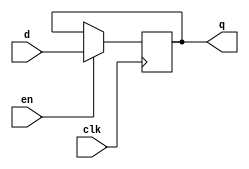
module components_dff_en #(
    parameter WIDTH = 1
) (
    input clk,
    input en,
    input [WIDTH-1:0] d,
    output [WIDTH-1:0] q
);
    reg [WIDTH-1:0] contents;
    always @ (posedge clk) begin
        if (en == 1'b1)
            contents <= d;
    end
    assign q = contents;
endmodule